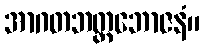
အာဂတဘတ္တဘောဇနံ။